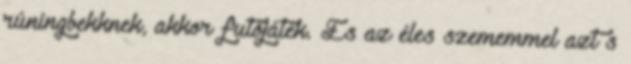
rúningbekknek, akkor futójáték. És az éles szememmel azt s